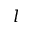
l